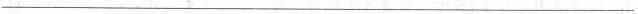
___